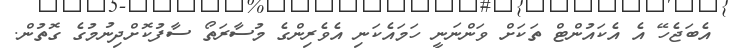
އެބަޖެހޭ އެ އެކައުންޓް ތަކަށް ވަންނަނީ ހަމައެކަނި އެވެރިންގެ މުސާރަތޯ ސާފުކޮށްދިނުމުގެ ގޮތުން.